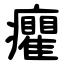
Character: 癯